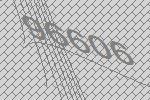
96606